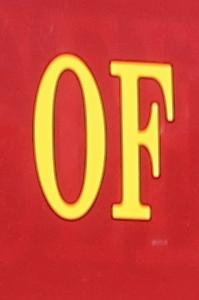
of